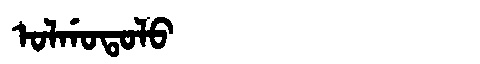
Manchu: ᠣᠯᡤᠣᡨᠣᠯᠣ
Romanization: OLGOTOLO